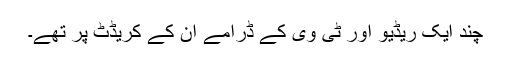
چند ایک ریڈیو اور ٹی وی کے ڈرامے ان کے کریڈٹ پر تھے۔